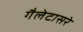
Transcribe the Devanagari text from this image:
गैलेटासरे